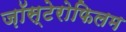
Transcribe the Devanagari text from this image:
ज़ॉस्टेरोफिलम